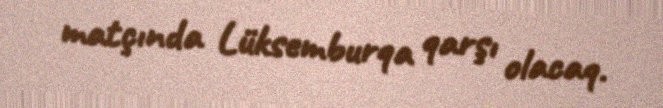
matçında Lüksemburqa qarşı olacaq.